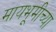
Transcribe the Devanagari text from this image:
मायभूमीच्या